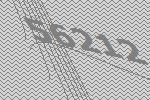
56212